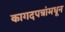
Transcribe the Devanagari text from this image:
कागदपत्रांमधून